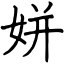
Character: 姘